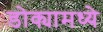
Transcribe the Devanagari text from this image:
डोक्यामध्ये